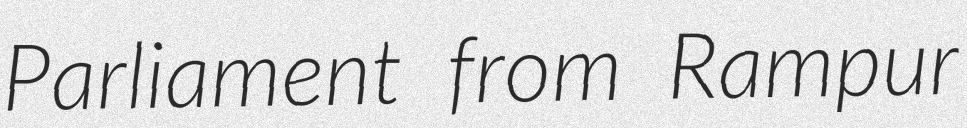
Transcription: Parliament from Rampur